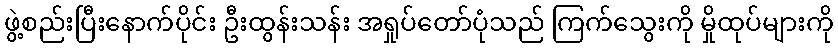
ဖွဲ့စည်းပြီးနောက်ပိုင်း ဦးထွန်းသန်း အရှုပ်တော်ပုံသည် ကြက်သွေးကို မှိုထုပ်များကို